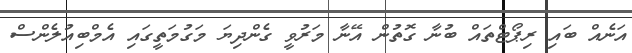
އަނެއް ބައި ރިޕޯޓްތައް ބުނާ ގޮތުން އޭނާ މަރުވީ ގެންދިޔަ މަގުމަތީގައި އެމްބިއުލެންސް